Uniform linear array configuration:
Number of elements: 32
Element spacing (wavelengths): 0.25
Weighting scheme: exponential
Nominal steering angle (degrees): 60
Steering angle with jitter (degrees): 60.307
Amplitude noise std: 0.05
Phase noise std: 0.05

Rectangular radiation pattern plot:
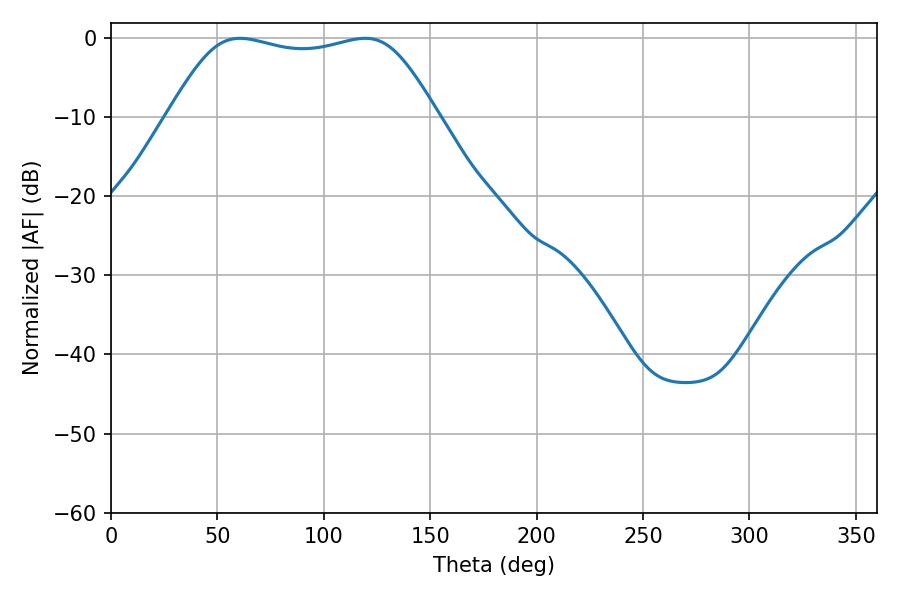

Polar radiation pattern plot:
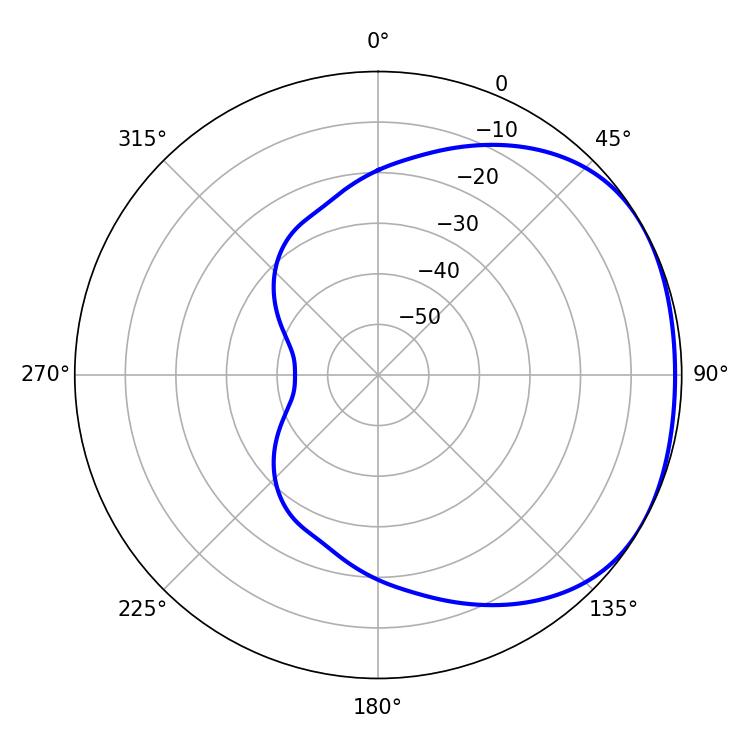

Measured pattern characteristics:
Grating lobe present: FALSE
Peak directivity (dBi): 1.695
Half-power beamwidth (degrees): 96.12
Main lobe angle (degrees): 60.66